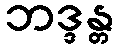
ဘဒ္ဒန္တ